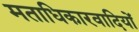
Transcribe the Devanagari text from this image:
मताधिकारवादियों